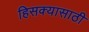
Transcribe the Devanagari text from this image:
हिसक्यासाठी